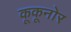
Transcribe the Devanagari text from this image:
कूकूनोर